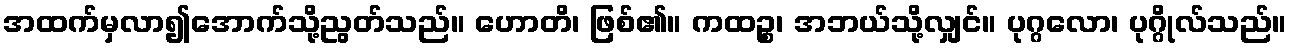
အထက်မှလာ၍အောက်သို့ညွတ်သည်။ ဟောတိ၊ ဖြစ်၏။ ကထဉ္စ၊ အဘယ်သို့လျှင်။ ပုဂ္ဂလော၊ ပုဂ္ဂိုလ်သည်။